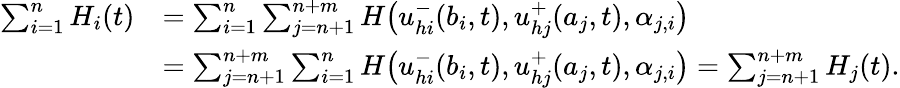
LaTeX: \begin{array}{rl}{\sum_{i=1}^{n}H_{i}(t)}&{=\sum_{i=1}^{n}\sum_{j=n+1}^{n+m}H\big({u}_{hi}^{-}(b_{i},t),{u}_{hj}^{+}(a_{j},t),\alpha_{j,i}\big)}\\ &{=\sum_{j=n+1}^{n+m}\sum_{i=1}^{n}H\big({u}_{hi}^{-}(b_{i},t),{u}_{hj}^{+}(a_{j},t),\alpha_{j,i}\big)=\sum_{j=n+1}^{n+m}H_{j}(t).}\end{array}